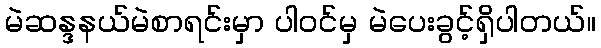
မဲဆန္ဒနယ်မဲစာရင်းမှာ ပါဝင်မှ မဲပေးခွင့်ရှိပါတယ်။